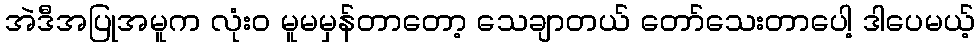
အဲဒီအပြုအမူက လုံးဝ မူမမှန်တာတော့ သေချာတယ် တော်သေးတာပေါ့ ဒါပေမယ့်